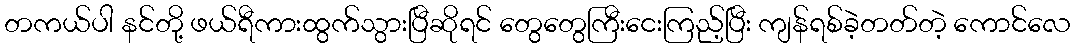
တကယ်ပါ နင်တို့ ဖယ်ရီကားထွက်သွားပြီဆိုရင် တွေတွေကြီးငေးကြည့်ပြီး ကျန်ရစ်ခဲ့တတ်တဲ့ ကောင်လေ